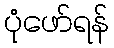
ပုံဖော်ရန်